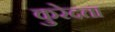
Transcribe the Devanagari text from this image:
कुरेदता